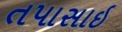
તપાસાઇ